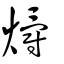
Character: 爝